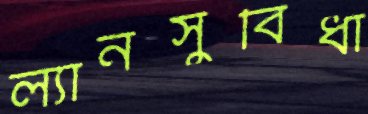
ল্যানসুবিধা